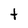
Character: t